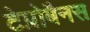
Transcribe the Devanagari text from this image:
टेप्रोबैनस